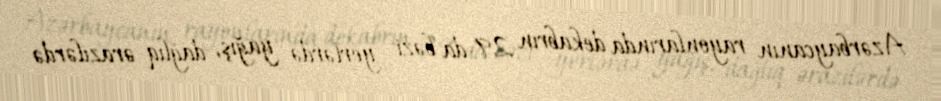
Azərbaycanın rayonlarında dekabrın 29-da bəzi yerlərdə yağış, dağlıq ərazilərdə